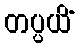
တပ္ပယိံ